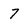
Character: 7